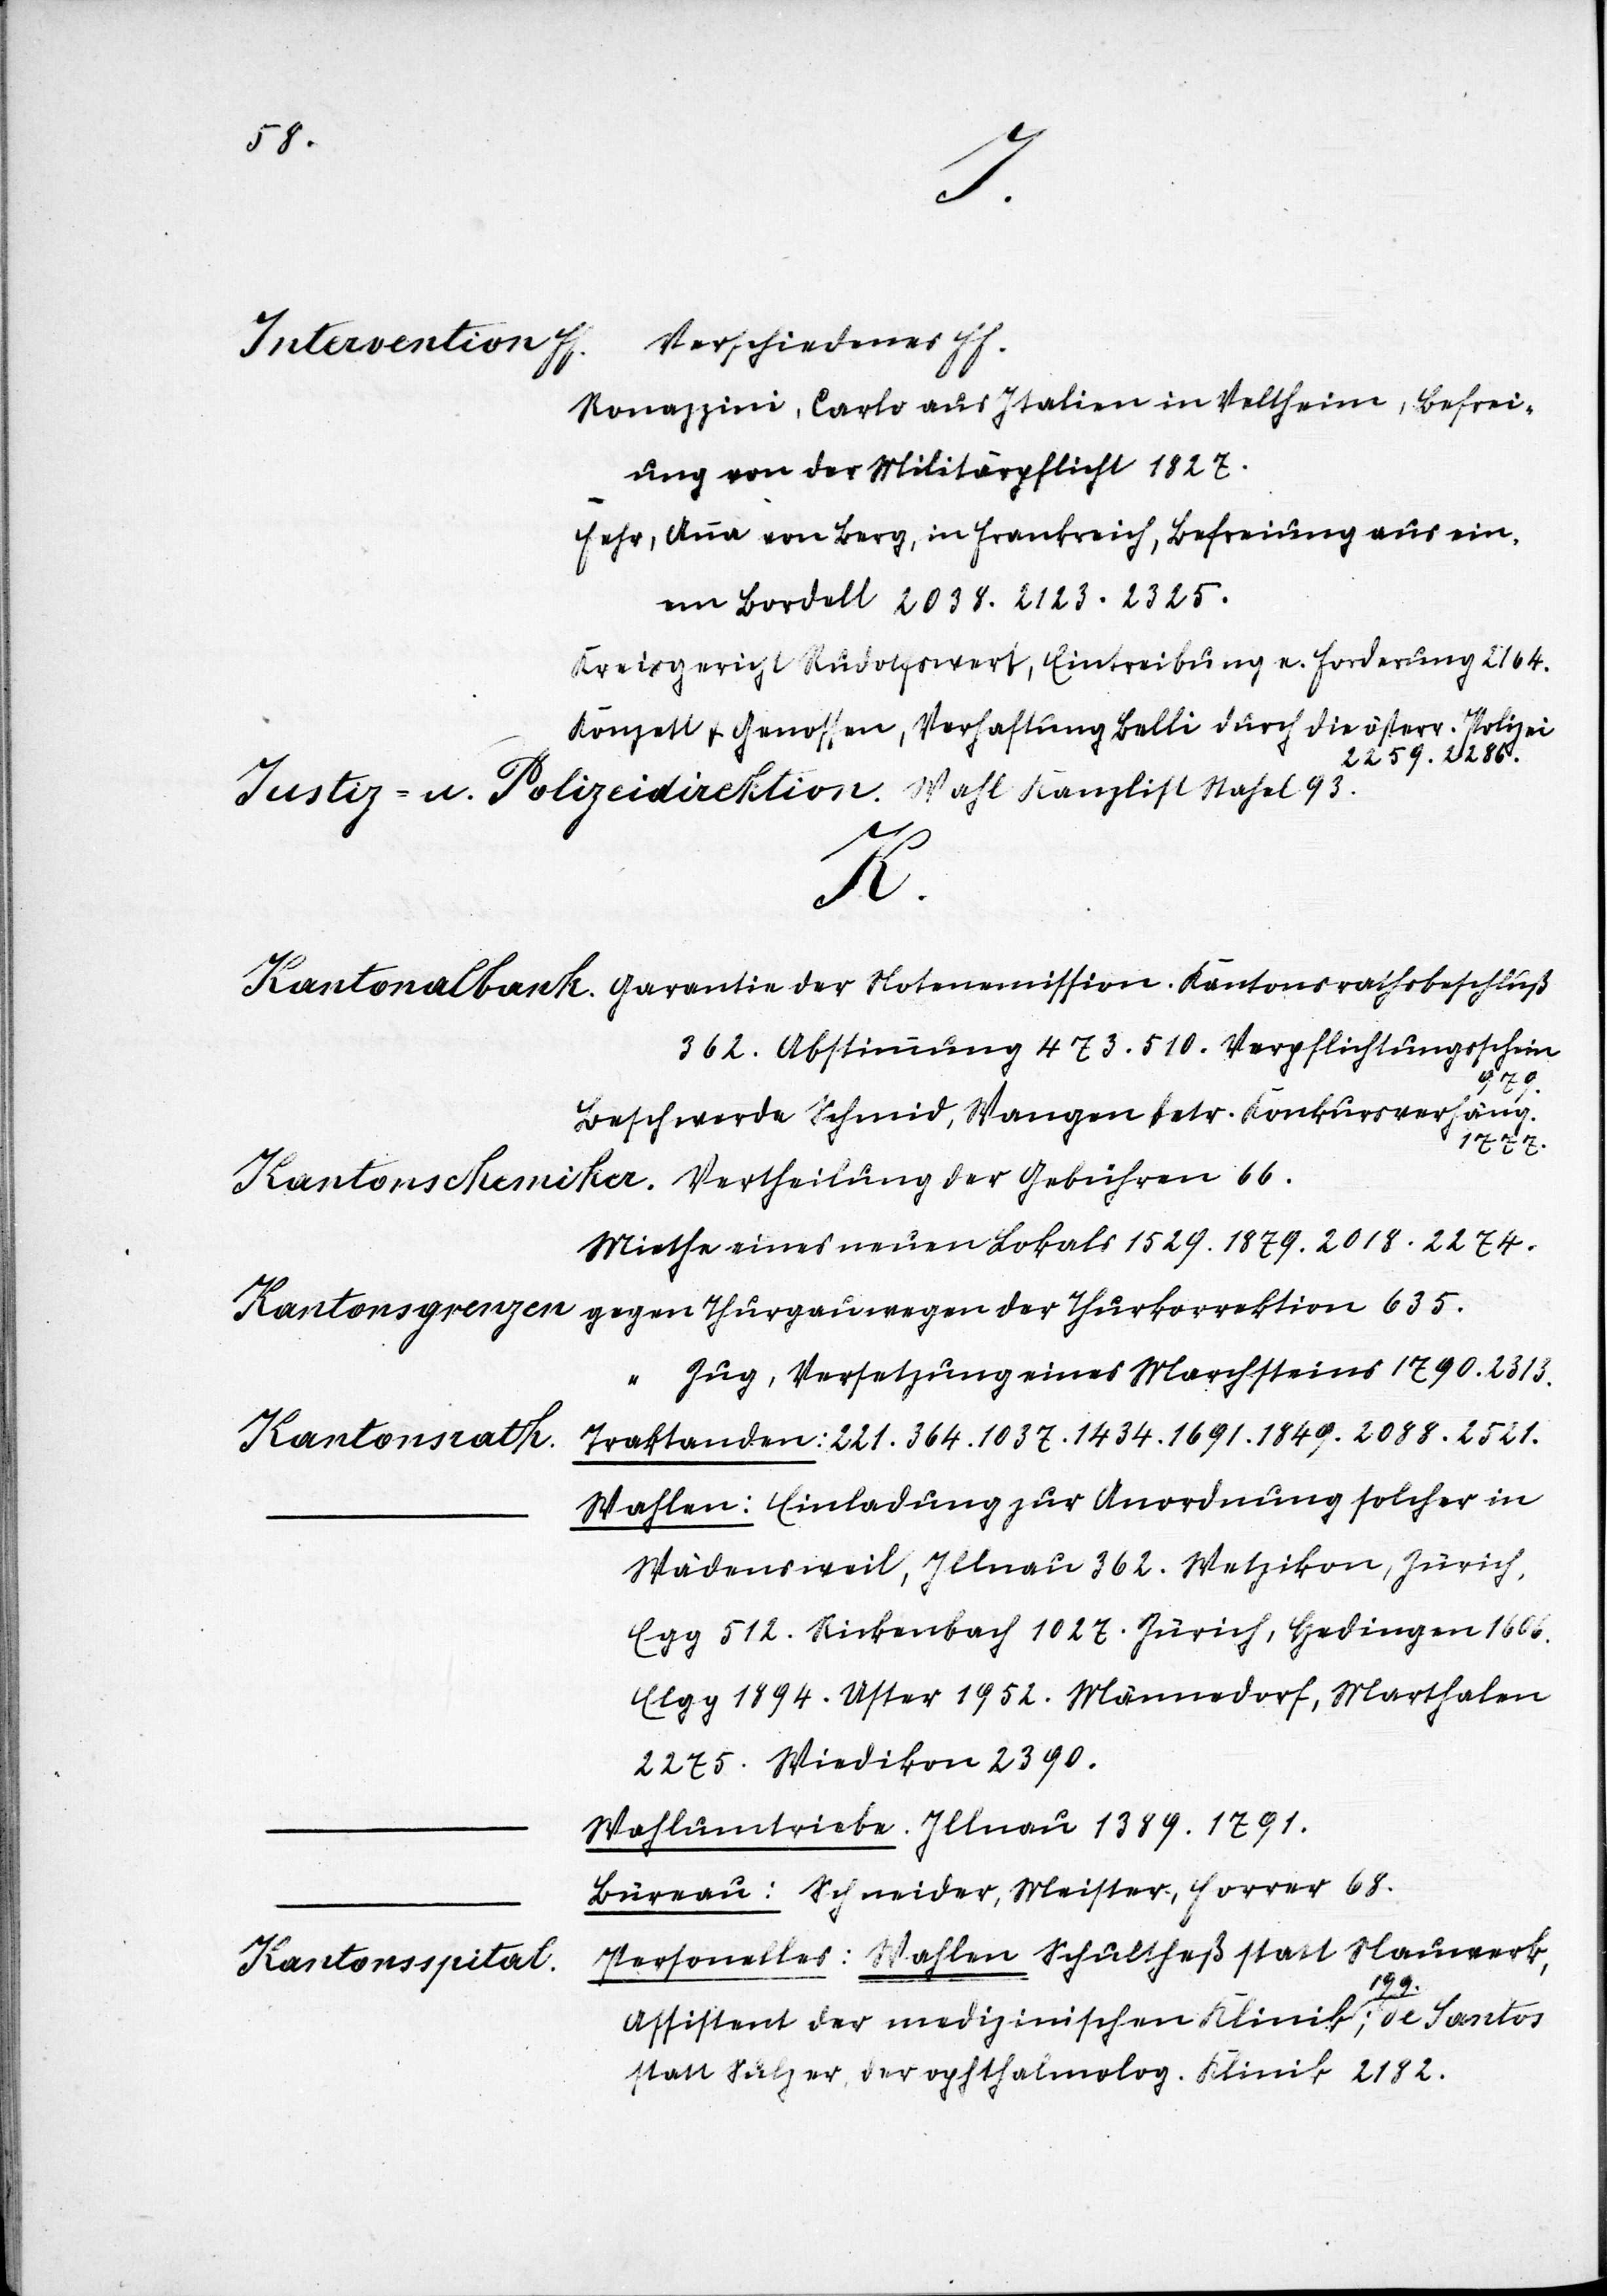
A.
San
1882
27.